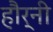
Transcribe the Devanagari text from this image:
हौर्नी